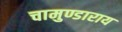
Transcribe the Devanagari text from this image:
चामुण्डाराय